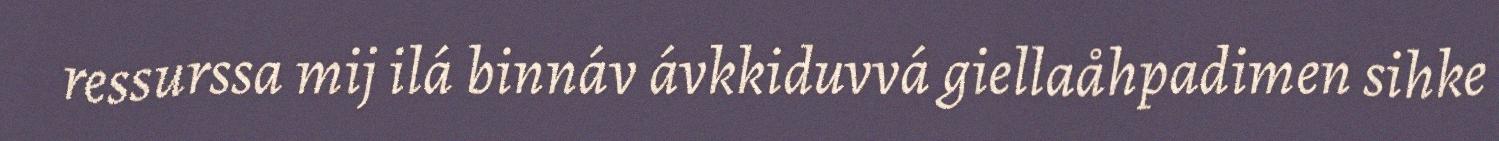
ressurssa mij ilá binnáv ávkkiduvvá giellaåhpadimen sihke